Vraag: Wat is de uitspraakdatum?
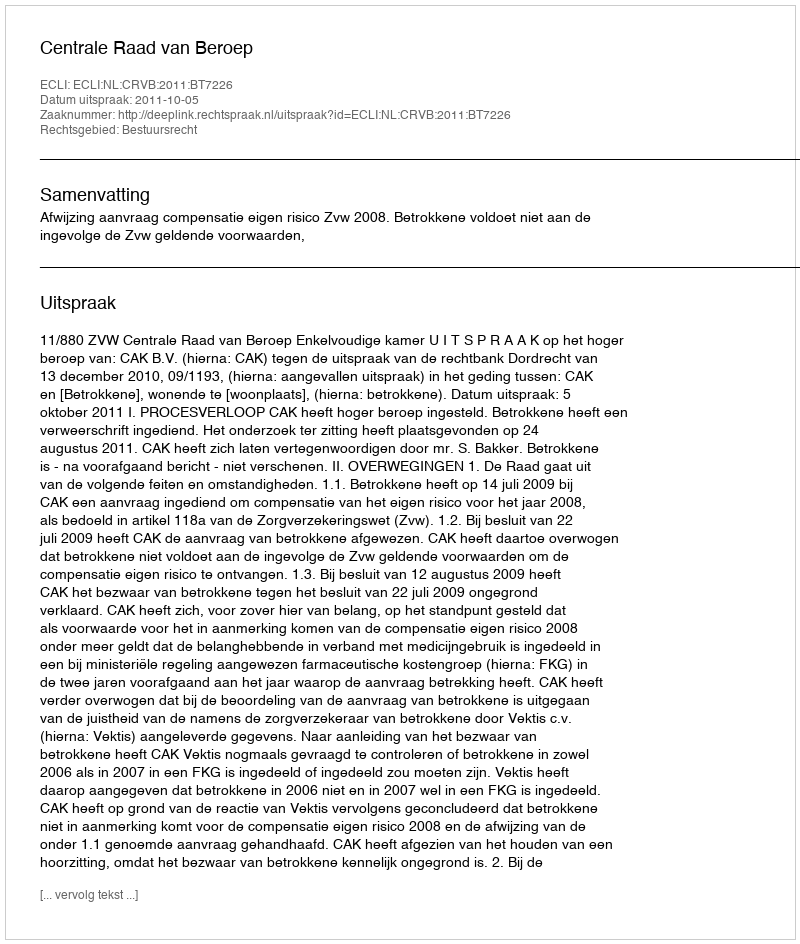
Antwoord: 2011-10-05